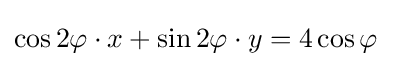
\cos 2\varphi \cdot x+\sin 2\varphi \cdot y=4\cos \varphi \